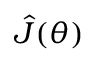
\hat { J } ( \theta )